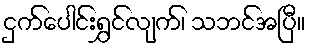
ငှက်ပေါင်းရွှင်လျက်၊ သဘင်အပြီ။